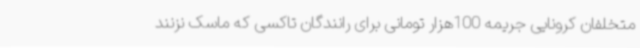
متخلفان کرونایی جریمه 100هزار تومانی برای رانندگان تاکسی که ماسک نزنند